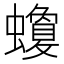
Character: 𧓬